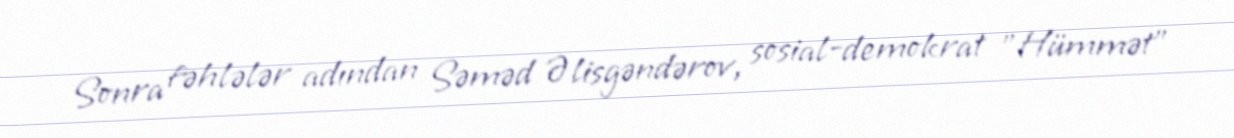
Sonra fəhlələr adından Səməd Əlisgəndərov, sosial-demokrat "Hümmət"